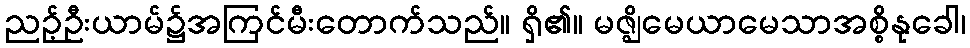
ညဉ့်ဦးယာမ်၌အကြင်မီးတောက်သည်။ ရှိ၏။ မဇ္ဈိမေယာမေသာအစ္စိနုခေါ၊